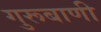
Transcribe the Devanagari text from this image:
गुरूबाणी